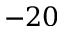
- 2 0